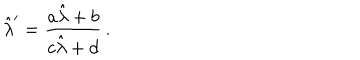
\hat { \lambda } ^ { \prime } = \frac { a \hat { \lambda } + b } { c \hat { \lambda } + d } \, .